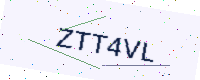
Text: ZTT4VL